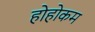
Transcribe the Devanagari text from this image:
होहोकम